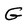
Character: G